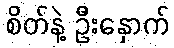
စိတ်နဲ့ ဦးနှောက်